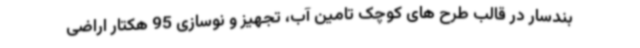
بندسار در قالب طرح های کوچک تامین آب، تجهیز و نوسازی 95 هکتار اراضی